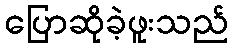
ပြောဆိုခဲ့ဖူးသည်